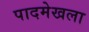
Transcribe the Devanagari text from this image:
पादमेखला